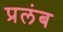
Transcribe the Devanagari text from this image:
प्रलंब